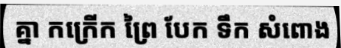
គ្នា កក្រើក ព្រៃ បែក ទឹក សំពោង